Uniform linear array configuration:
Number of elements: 16
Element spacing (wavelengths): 0.5
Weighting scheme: cosine
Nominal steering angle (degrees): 45
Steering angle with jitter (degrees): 46.971
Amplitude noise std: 0.05
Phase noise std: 0.05

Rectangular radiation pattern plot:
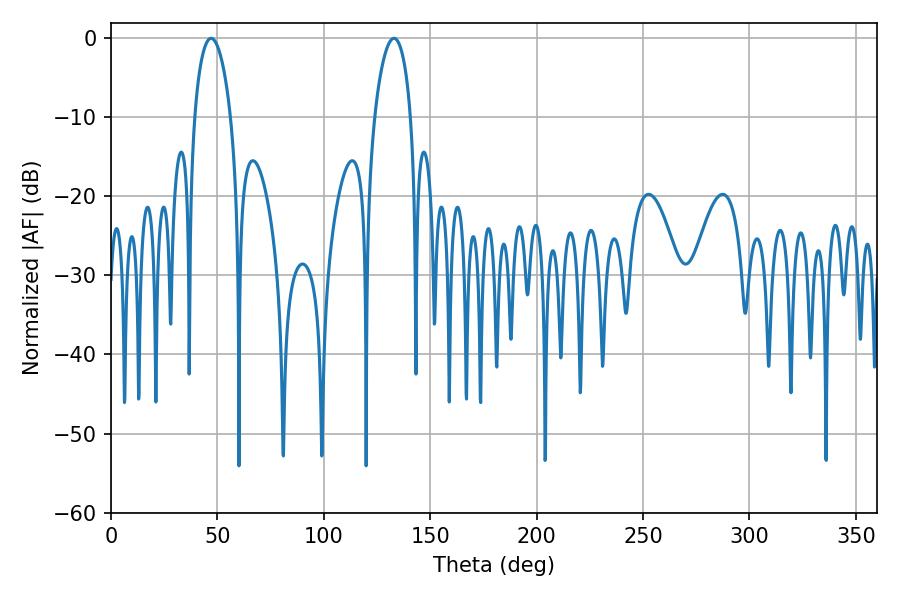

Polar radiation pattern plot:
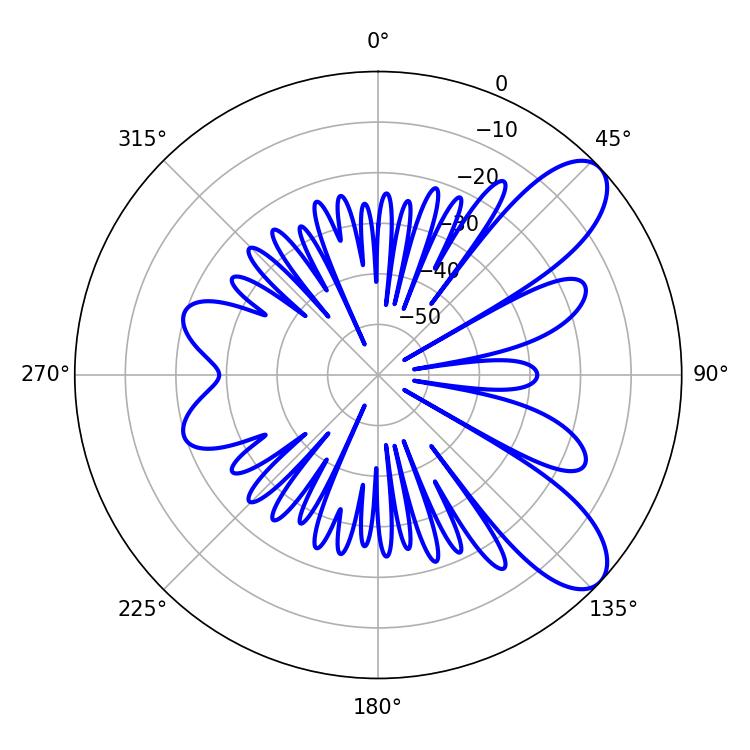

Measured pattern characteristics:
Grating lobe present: FALSE
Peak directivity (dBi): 8.771
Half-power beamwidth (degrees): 9.72
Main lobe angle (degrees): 46.98